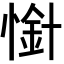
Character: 𢟙